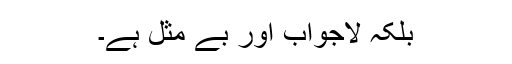
بلکہ لاجواب اور بے مثل ہے۔